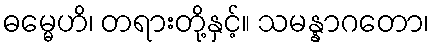
ဓမ္မေဟိ၊ တရားတို့နှင့်။ သမန္နာဂတော၊